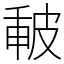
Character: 𤿪